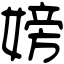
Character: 嫎